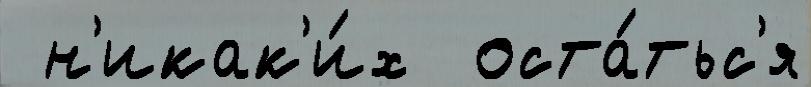
 н'икак'и́х  оста́тьс'я